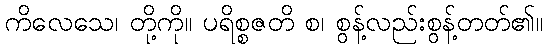
ကိလေသေ၊ တို့ကို။ ပရိစ္စဇတိ စ၊ စွန့်လည်းစွန့်တတ်၏။